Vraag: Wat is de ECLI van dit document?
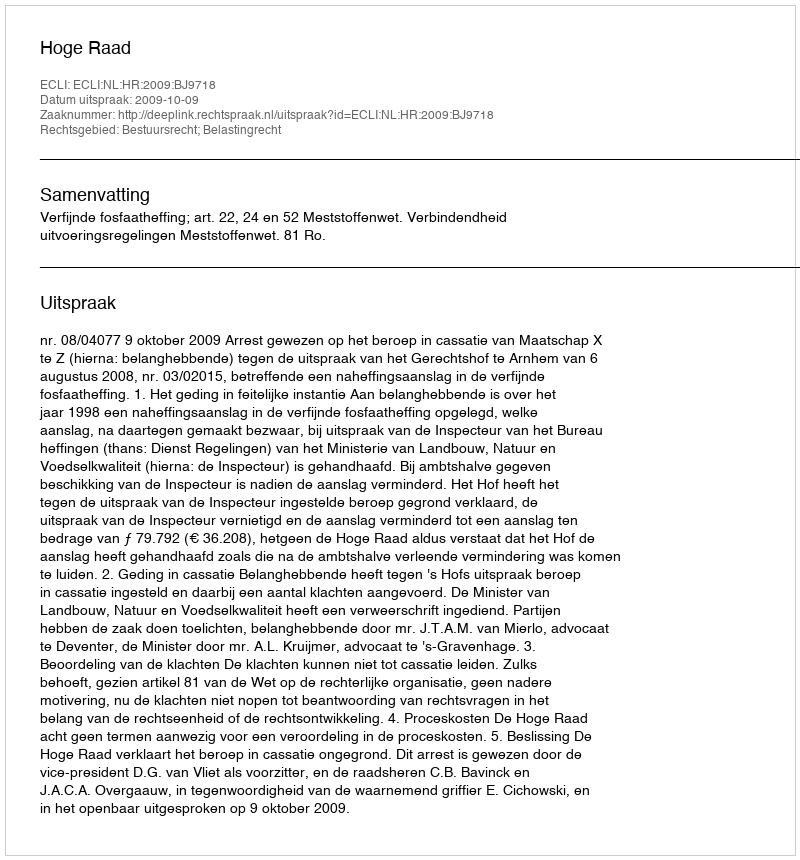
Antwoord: ECLI:NL:HR:2009:BJ9718